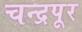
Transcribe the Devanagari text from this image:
चन्द्रपूर